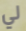
لي